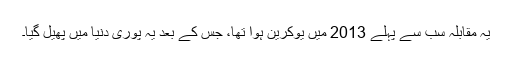
یہ مقابلہ سب سے پہلے 2013 میں یوکرین ہوا تھا، جس کے بعد یہ پوری دنیا میں پھیل گیا۔